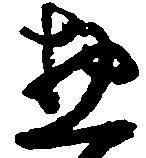
惣